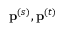
\mathbf { p } ^ { ( s ) } , \mathbf { p } ^ { ( t ) }